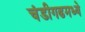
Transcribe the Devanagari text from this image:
चंडीगढमध्ये